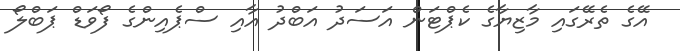
އޭގެ ތެރޭގައި މާޒިޔާގެ ކެޕްޓަން އަސަދު އަބްދު އާއި ސްޕެއިންގެ ފޯވަޑް ޕަބްލޯ